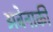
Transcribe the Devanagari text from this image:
अबेनाकी